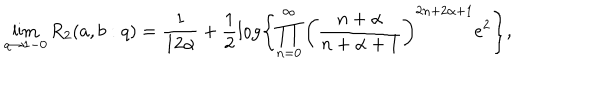
\lim _ { q \to 1 - 0 } R _ { 2 } ( a , b : q ) = \frac { 1 } { 1 2 \alpha } + \frac 1 2 \log \left\{ \prod _ { n = 0 } ^ { \infty } \left( \frac { n + \alpha } { n + \alpha + 1 } \right) ^ { 2 n + 2 \alpha + 1 } e ^ { 2 } \right\} ,